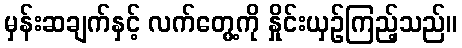
မှန်းဆချက်နှင့် လက်တွေ့ကို နှိုင်းယှဉ်ကြည့်သည်။